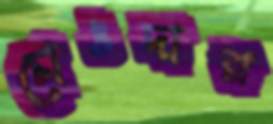
চোঙদার